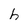
Character: h